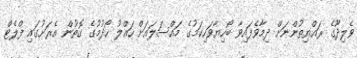
ވެލިދޫގެ ރައްޔިތުންނަށް ދިމާވެފައިވާ ބޯހިޔާވަހިކަމުގެ މައްސަލައަށް ހައްލު ހޯދުމުގެ ގޮތުން އެރަށުގައި ފްލެޓް